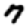
Digit: 7